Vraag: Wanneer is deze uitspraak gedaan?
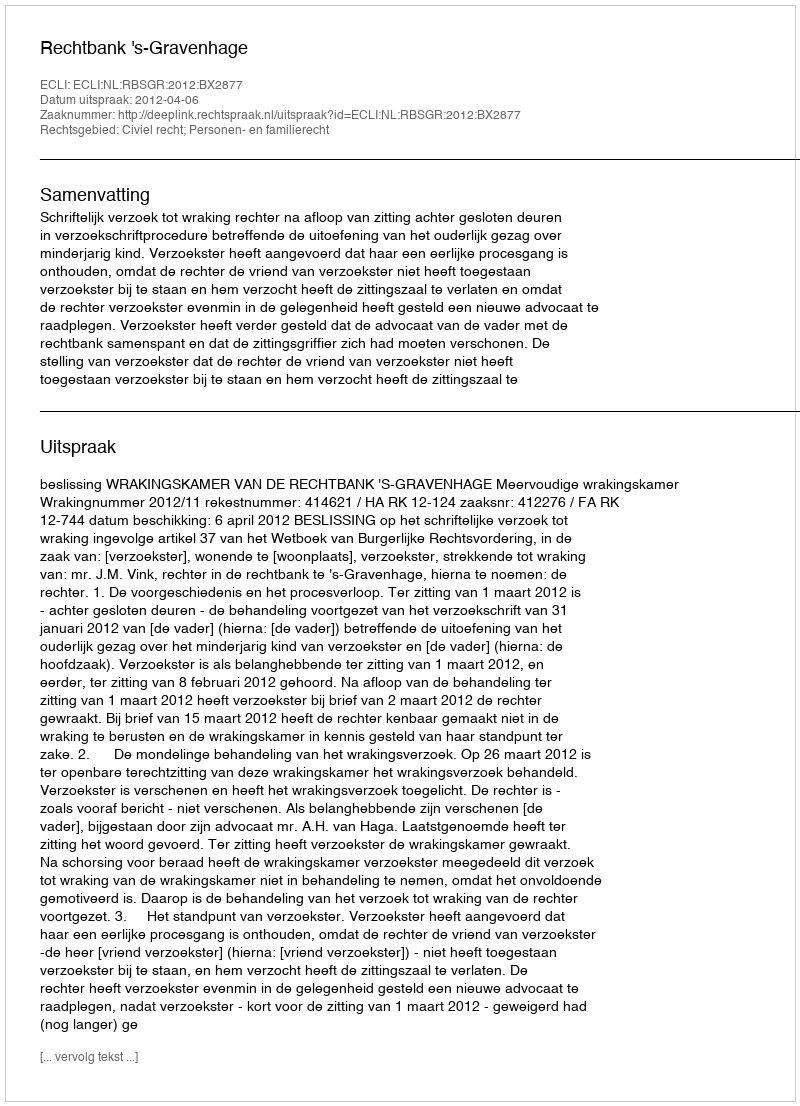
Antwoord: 2012-04-06